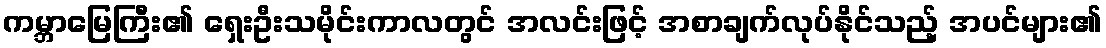
ကမ္ဘာမြေကြီး၏ ရှေးဦးသမိုင်းကာလတွင် အလင်းဖြင့် အစာချက်လုပ်နိုင်သည့် အပင်များ၏